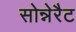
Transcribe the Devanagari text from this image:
सोन्नेरैट